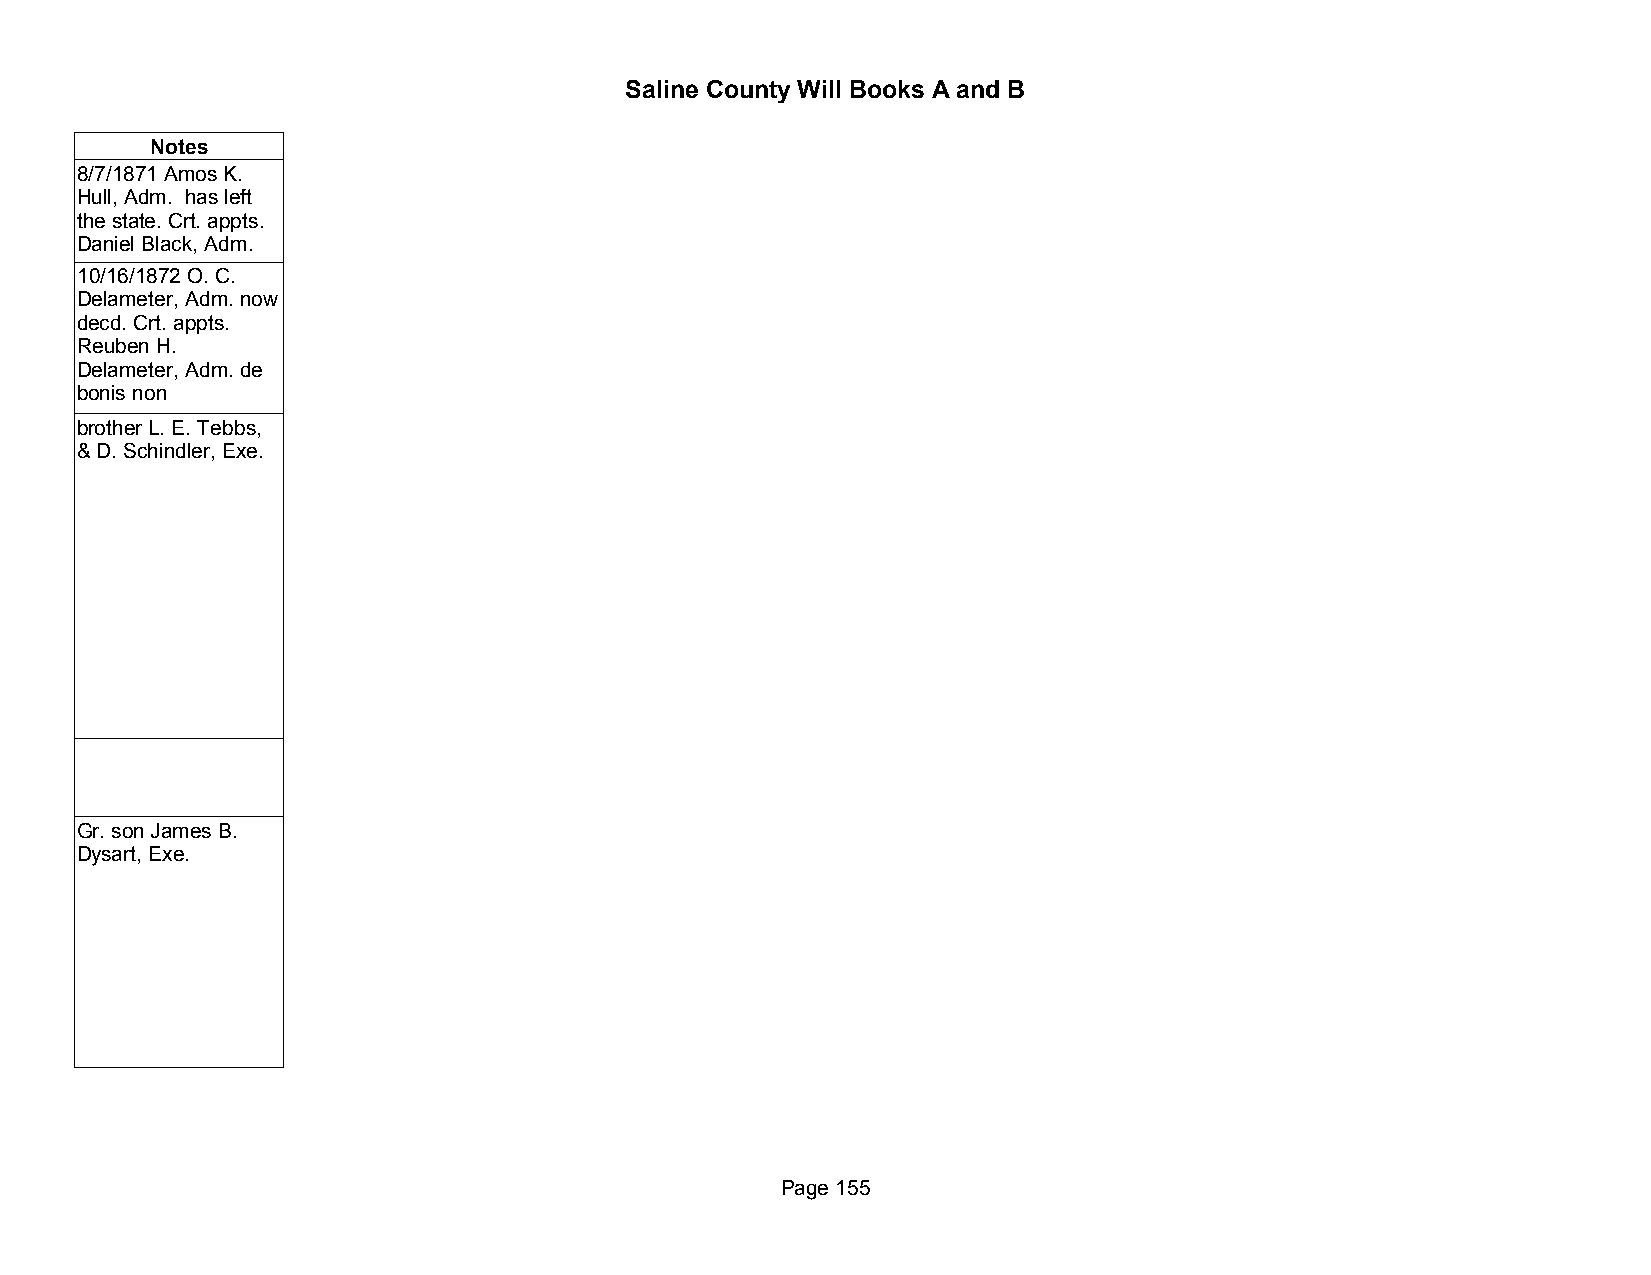
Saline County Will Books A and B
 Notes
 8/7/1871 Amos K.
 Hull, Adm. has left
 the state. Crt. appts.
 Daniel Black, Adm.
 10/16/1872 O. C.
 Delameter, Adm. now
 decd. Crt. appts.
 Reuben H.
 Delameter, Adm. de
 bonis non
 brother L. E. Tebbs,
 & D. Schindler, Exe.
 Gr. son James B.
 Dysart, Exe.
 Page 155